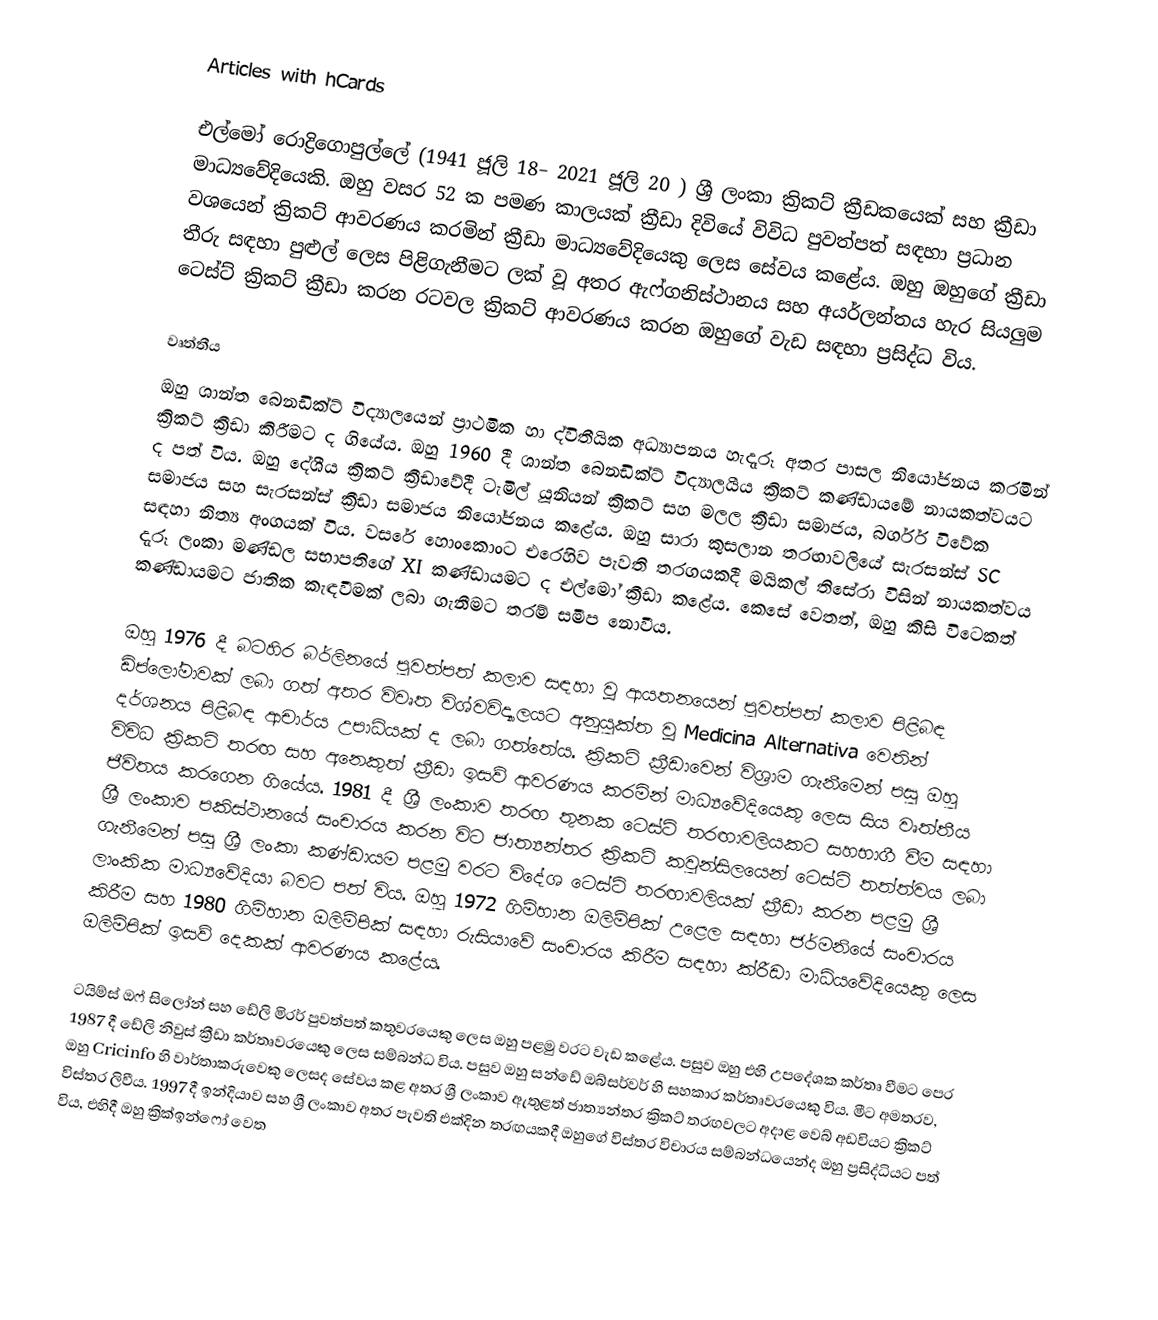
Articles with hCards

එල්මෝ රොද්‍රිගොපුල්ලේ (1941 ජූලි 18– 2021 ජූලි 20 ) ශ්‍රී ලංකා ක්‍රිකට් ක්‍රීඩකයෙක් සහ ක්‍රීඩා මාධ්‍යවේදියෙකි. ඔහු වසර 52 ක පමණ කාලයක් ක්‍රීඩා දිවියේ විවිධ පුවත්පත් සඳහා ප්‍රධාන වශයෙන් ක්‍රිකට් ආවරණය කරමින් ක්‍රීඩා මාධ්‍යවේදියෙකු ලෙස සේවය කළේය.  ඔහු ඔහුගේ ක්‍රීඩා තීරු සඳහා පුළුල් ලෙස පිළිගැනීමට ලක් වූ අතර ඇෆ්ගනිස්ථානය සහ අයර්ලන්තය හැර සියලුම ටෙස්ට් ක්‍රිකට් ක්‍රීඩා කරන රටවල ක්‍රිකට් ආවරණය කරන ඔහුගේ වැඩ සඳහා ප්‍රසිද්ධ විය.

වෘත්තීය
ඔහු ශාන්ත බෙනඩික්ට් විද්‍යාලයෙන් ප්‍රාථමික හා ද්විතීයික අධ්‍යාපනය හැදෑරූ අතර පාසල නියෝජනය කරමින් ක්‍රිකට් ක්‍රීඩා කිරීමට ද ගියේය. ඔහු 1960 දී ශාන්ත බෙනඩික්ට් විද්‍යාලයීය ක්‍රිකට් කණ්ඩායමේ නායකත්වයට ද පත් විය. ඔහු දේශීය ක්‍රිකට් ක්‍රීඩාවේදී ටැමිල් යූනියන් ක්‍රිකට් සහ මලල ක්‍රීඩා සමාජය, බර්ගර් විවේක සමාජය සහ සැරසන්ස් ක්‍රීඩා සමාජය නියෝජනය කළේය.  ඔහු සාරා කුසලාන තරඟාවලියේ සැරසන්ස් SC සඳහා නිත්‍ය අංගයක් විය.  වසරේ හොංකොංට එරෙහිව පැවති තරගයකදී මයිකල් තිසේරා විසින් නායකත්වය දැරූ ලංකා මණ්ඩල සභාපතිගේ XI කණ්ඩායමට ද එල්මෝ ක්‍රීඩා කළේය. කෙසේ වෙතත්, ඔහු කිසි විටෙකත් කණ්ඩායමට ජාතික කැඳවීමක් ලබා ගැනීමට තරම් සමීප නොවීය.

ඔහු 1976 දී බටහිර බර්ලිනයේ පුවත්පත් කලාව සඳහා වූ ආයතනයෙන් පුවත්පත් කලාව පිළිබඳ ඩිප්ලෝමාවක් ලබා ගත් අතර විවෘත විශ්වවිද්‍යාලයට අනුයුක්ත වූ Medicina Alternativa වෙතින් දර්ශනය පිළිබඳ ආචාර්ය උපාධියක් ද ලබා ගත්තේය.  ක්‍රිකට් ක්‍රීඩාවෙන් විශ්‍රාම ගැනීමෙන් පසු ඔහු විවිධ ක්‍රිකට් තරඟ සහ අනෙකුත් ක්‍රීඩා ඉසව් ආවරණය කරමින් මාධ්‍යවේදියෙකු ලෙස සිය වෘත්තීය ජීවිතය කරගෙන ගියේය. 1981 දී ශ්‍රී ලංකාව තරඟ තුනක ටෙස්ට් තරඟාවලියකට සහභාගී වීම සඳහා ශ්‍රී ලංකාව පකිස්ථානයේ සංචාරය කරන විට ජාත්‍යන්තර ක්‍රිකට් කවුන්සිලයෙන් ටෙස්ට් තත්ත්වය ලබා ගැනීමෙන් පසු ශ්‍රී ලංකා කණ්ඩායම පළමු වරට විදේශ ටෙස්ට් තරඟාවලියක් ක්‍රීඩා කරන පළමු ශ්‍රී ලාංකික මාධ්‍යවේදියා බවට පත් විය.  ඔහු 1972 ගිම්හාන ඔලිම්පික් උළෙල සඳහා ජර්මනියේ සංචාරය කිරීම සහ 1980 ගිම්හාන ඔලිම්පික් සඳහා රුසියාවේ සංචාරය කිරීම සඳහා ක්රීඩා මාධ්යවේදියෙකු ලෙස ඔලිම්පික් ඉසව් දෙකක් ආවරණය කළේය.

ටයිම්ස් ඔෆ් සිලෝන් සහ ඩේලි මිරර් පුවත්පත් කතුවරයෙකු ලෙස ඔහු පළමු වරට වැඩ කළේය. පසුව ඔහු එහි උපදේශක කර්තෘ වීමට පෙර 1987 දී ඩේලි නිවුස් ක්‍රීඩා කර්තෘවරයෙකු ලෙස සම්බන්ධ විය. පසුව ඔහු සන්ඩේ ඔබ්සර්වර් හි සහකාර කර්තෘවරයෙකු විය.  මීට අමතරව, ඔහු Cricinfo හි වාර්තාකරුවෙකු ලෙසද සේවය කළ අතර ශ්‍රී ලංකාව ඇතුළත් ජාත්‍යන්තර ක්‍රිකට් තරඟවලට අදාළ වෙබ් අඩවියට ක්‍රිකට් විස්තර ලිවීය.   1997 දී ඉන්දියාව සහ ශ්‍රී ලංකාව අතර පැවති එක්දින තරඟයකදී ඔහුගේ විස්තර විචාරය සම්බන්ධයෙන්ද ඔහු ප්‍රසිද්ධියට පත් විය, එහිදී ඔහු ක්‍රික්ඉන්ෆෝ වෙත